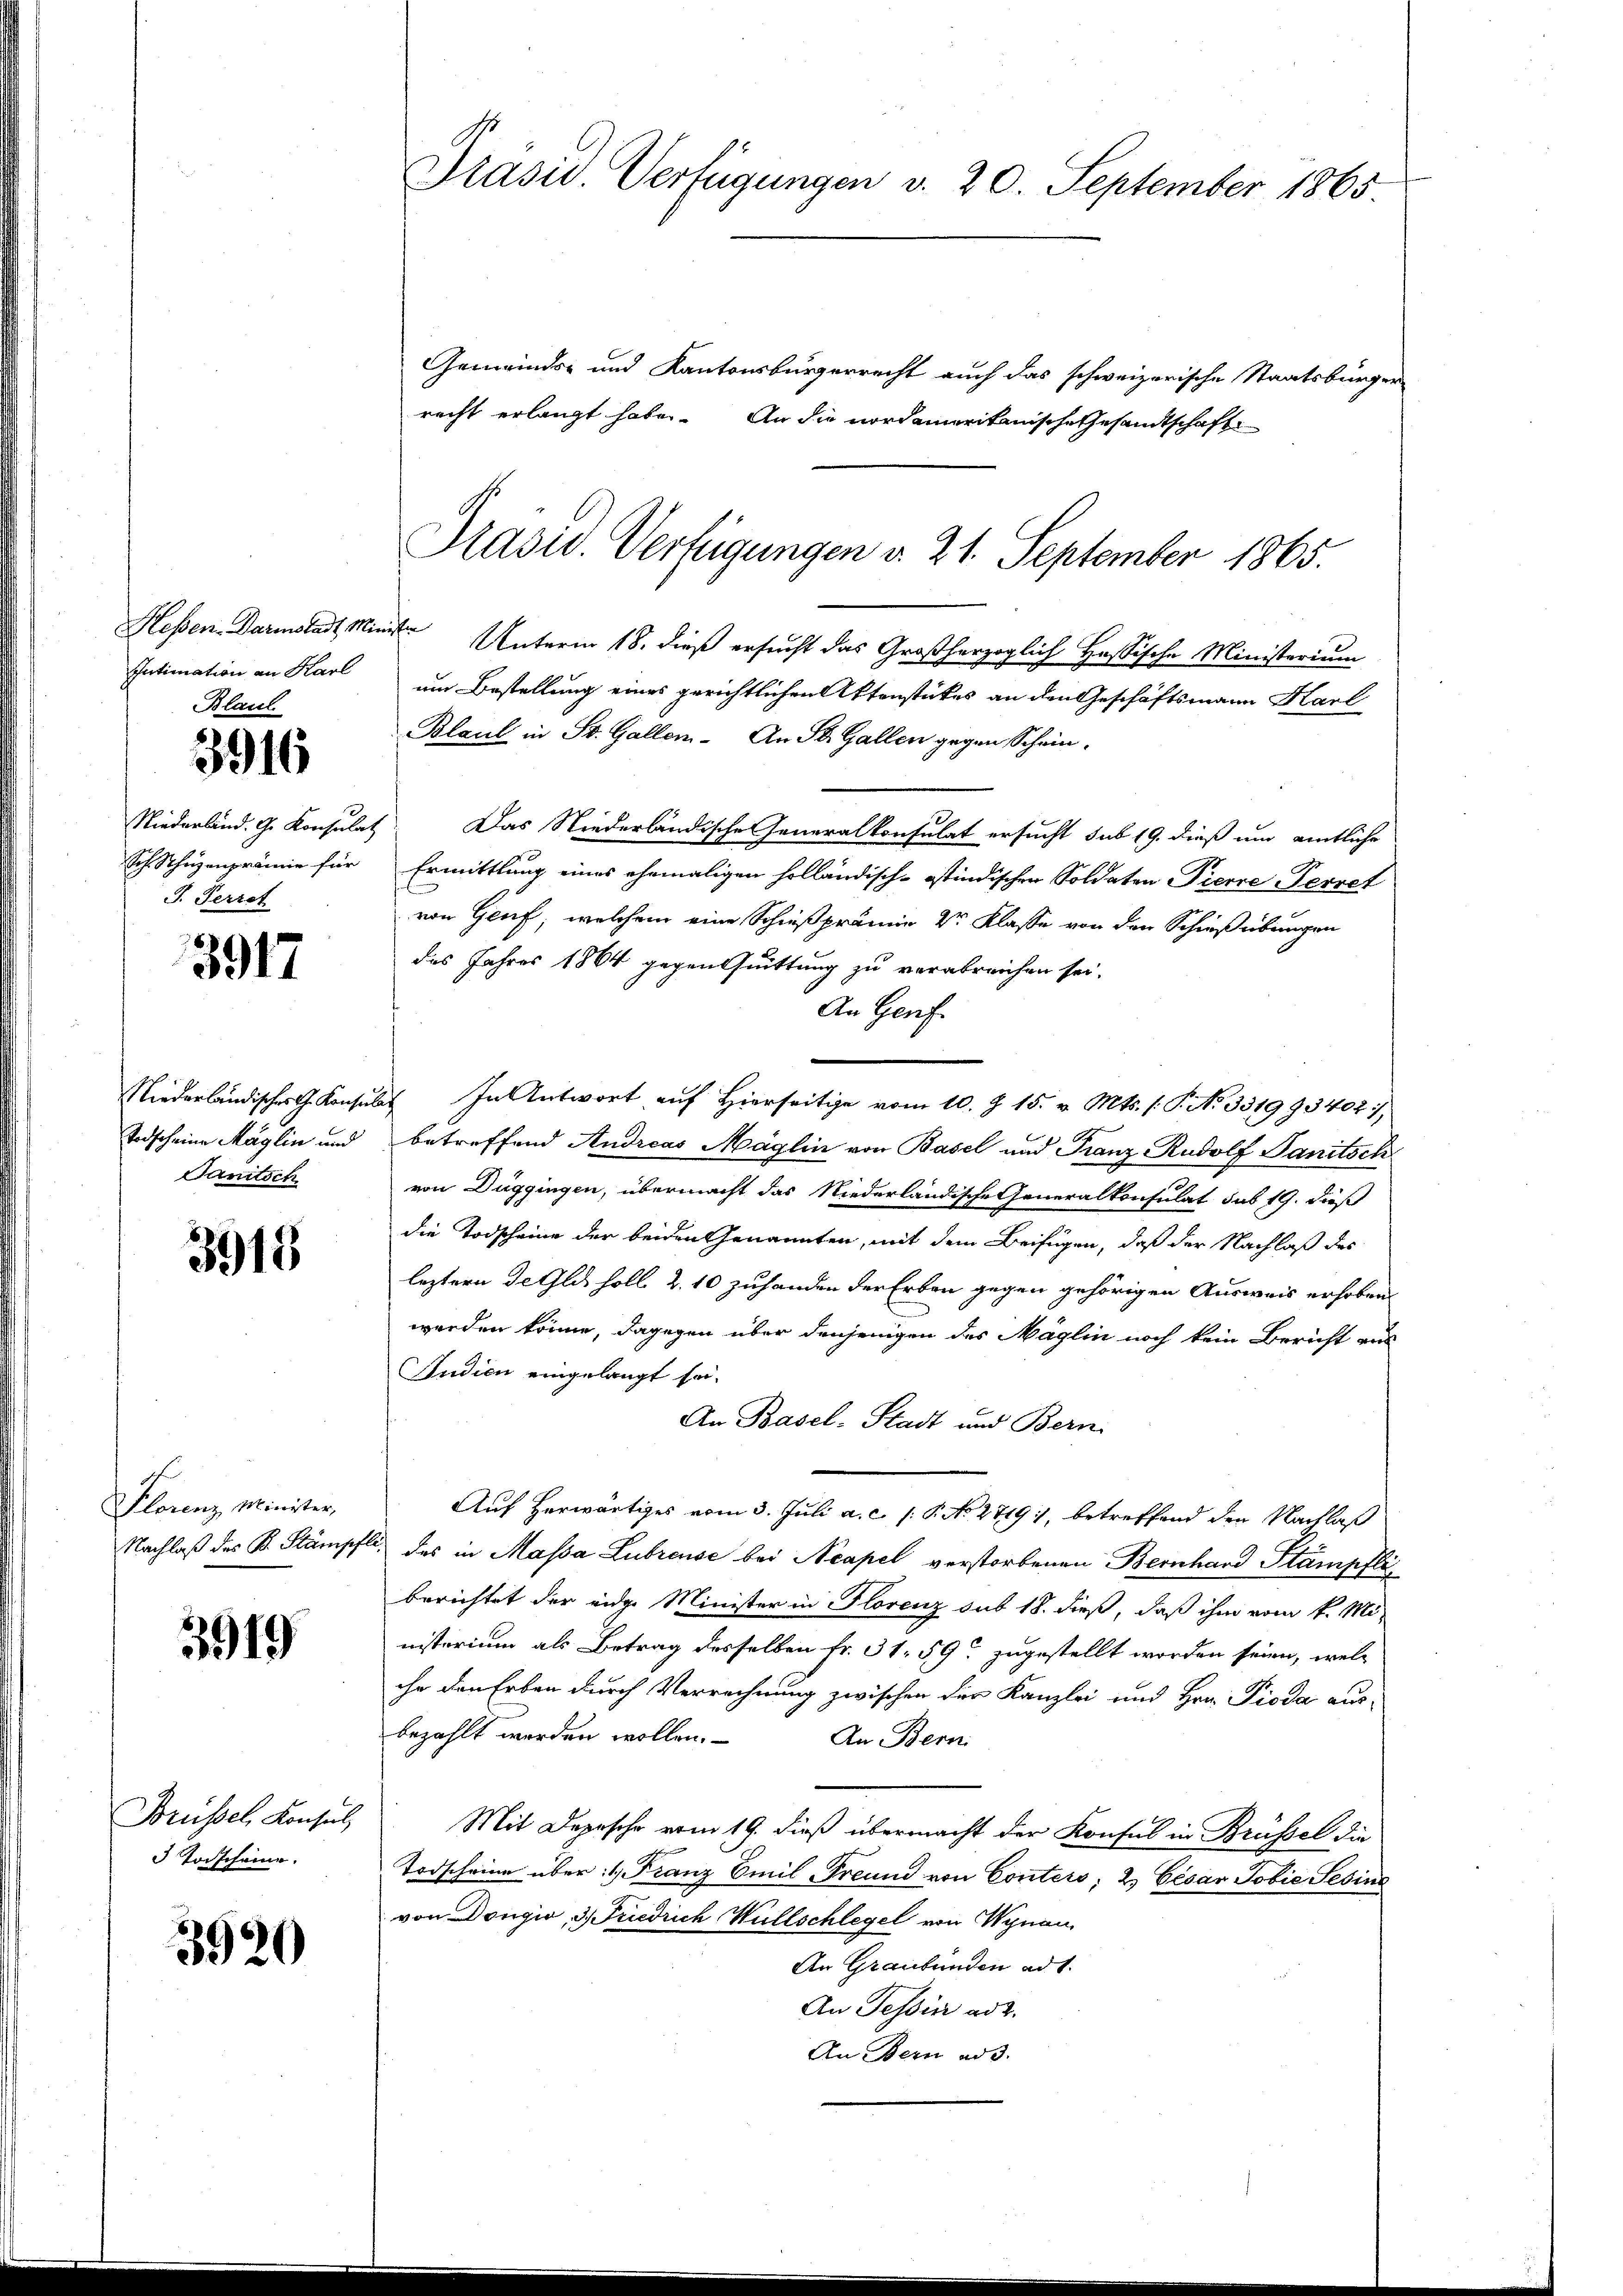
Intimation an Karl
Blaul

3916

sch. Schuzenprämie für
J. Perrot

3917

Todscheine Maglin und
Sanitsch

3915

Florenz Minister,
Nachlaß des B. Stämpf

3919

Brüssel, Konsul,
3 Torscheine.

3920

Gemeinds- und Kantonsbürgerrecht auch das schweizerische Staatsbürger
recht erlangt habe. An die nordamerikanische Gesandtschaft
Hessen-Darmstadt Ministe Unterm 18. dieß ersucht das Großherzoglich Hassische Ministerium
um Bestellung eines gerichtlichen Aktenstückes an den Geschäftsmann Karl
Blaul in St. Gallem. An St. Gallen gegen Schein-
Niederland. G. Konsulat. Das Niederländische Generalkonsulat ersucht sub 19. dieß um amtliche
Ermittlung eines ehemaligen holländisch-östindischen Soldaten Pierre-Terret
n
von Genf, welchem eine Schießprämie dr Klasse von den Schießübungen
des Jahres 1864 gegen Quittung zu verabreichen sei.
An Genf
Niederländischer Konsulat In Antwort auf Hierseitige vom 10. Z. 15. v. Mts. (T. No. 3519934021
betreffend Andreas Möglin von Basel und Franz- Rudolf Sanitsch
von Düggingen, übermacht das Niederländische Generalkonsulat sub 19. dieß
die Todscheine der beiden Genannten, mit dem Beifügen, daß der Nachlaß des
leztern de Glas holl 2. 10 zuhanden der Erben gegen gehörigen Ausweis erhoben.
werden könne, dagegen über denjenigen des Mäglin noch kein Bericht aus
Judien eingelangt sei.
An Basel-Stadt und Bern.
Auf herwärtiges vom 3. Juli a. c. /: P. No 2719, betreffend den Nachlaß
tl. des in Massa Lubreuse bei Neapel verstorbenen Bernhard Stampfliberichtet der eidge Minister in Florenz sub 18. dieß, daß ihm vom k. Mi-
nisterium als Betrag desselben fr. 31. 59 zugestellt worden seien, welihr den Erben durch Verrechnung zwischen der Kanzlei und Hrn. Pioda aus-
bezahlt werden wollen.
An Bern
Mit Depesche vom 19. dieß übermacht der Konsul in Brüssel die
Todscheine über: 1. Franz Emil Freund von Conters; 2) Cesar Jobie Sesins
von Dongio, 3. Friedrich Wüllschlegel von Wynau
An Graubünden ad 1.
An Tessin ad 2.
An Bern ad 3.

Prasis. Verfügungen v. 20. September 1865.

Präsid. Verfügungen v. 21. September 1865.